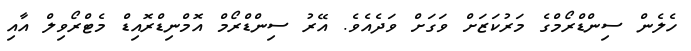
ހެލެން ސިންޑްރޯމްގެ މަރުކަޒަށް ވަގަށް ވަދެއެވެ. އޭރު ސިންޑްރޯމް އޮމްނިޑްރޮއިޑް މެޓްރޯވިލް އާއި